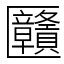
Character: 㔶